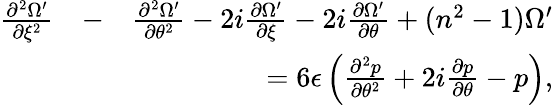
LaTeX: \begin{array}{rlr}{\frac{\partial^{2}\Omega^{\prime}}{\partial\xi^{2}}}&{-}&{\frac{\partial^{2}\Omega^{\prime}}{\partial\theta^{2}}-2i\frac{\partial\Omega^{\prime}}{\partial\xi}-2i\frac{\partial\Omega^{\prime}}{\partial\theta}+(n^{2}-1)\Omega^{\prime}}\\ &{}&{=6\epsilon\left(\frac{\partial^{2}p}{\partial\theta^{2}}+2i\frac{\partial p}{\partial\theta}-p\right),}\end{array}